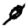
Digit: 0